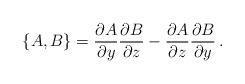
\begin{align*}\{A,B\} = {\partial A\over\partial y} {\partial B\over\partial z} -{\partial A\over\partial z}{\partial B\over\partial y}\,. \end{align*}